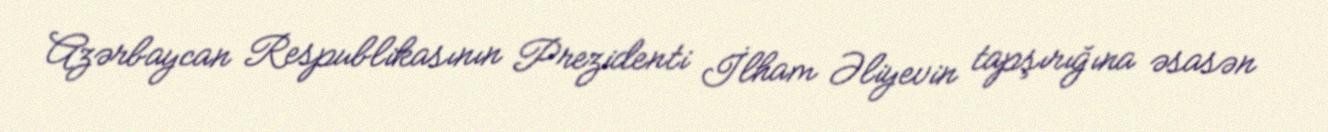
Azərbaycan Respublikasının Prezidenti İlham Əliyevin tapşırığına əsasən